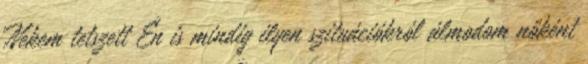
Nekem tetszett Én is mindig ilyen szituációkról álmodom nőként